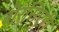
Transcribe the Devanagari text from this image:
बोरसिएरी